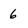
Character: 6